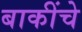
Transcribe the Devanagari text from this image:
बाकींचे